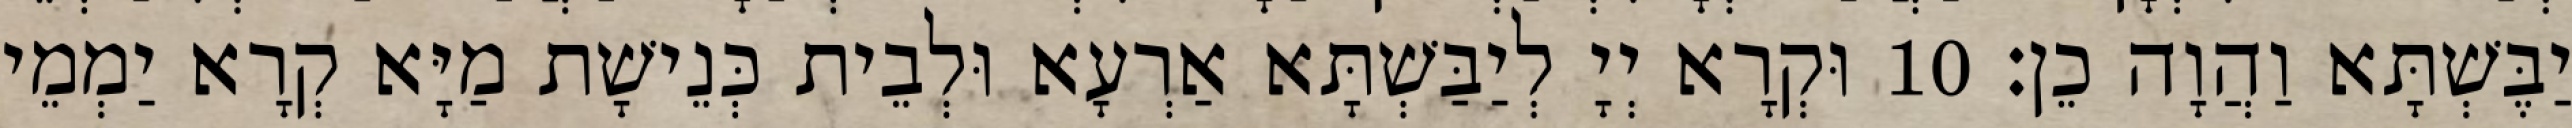
יַבֶּשְׁתָּא וַהֲוָה כֵן׃ 10 וּקְרָא יְיָ לְיַבַּשְׁתָּא אַרְעָא וּלְבֵית כְּנֵישָׁת מַיָּא קְרָא יַמְמֵי